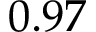
0 . 9 7